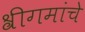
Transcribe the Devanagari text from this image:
श्रीगमांचे